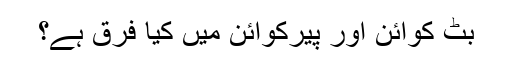
بٹ کوائن اور پیرکوائن میں کیا فرق ہے؟